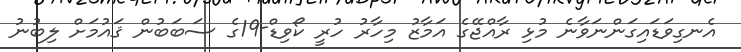
އެނގިވަޑައިގަންނަވާނެ މުޅި ރާއްޖޭގެ އަމާޒު މިހާރު ހުރީ ކޯވިޑް-19ގެ ސަބަބުން ޤައުމަށް ލިބުނު